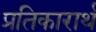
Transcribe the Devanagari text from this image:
प्रतिकारार्थ